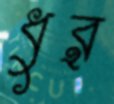
ধুর্